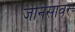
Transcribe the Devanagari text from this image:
जीनसावर